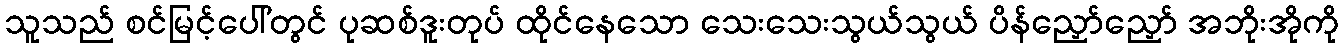
သူသည် စင်မြင့်ပေါ်တွင် ပုဆစ်ဒူးတုပ် ထိုင်နေသော သေးသေးသွယ်သွယ် ပိန်ညှော်ညှော် အဘိုးအိုကို